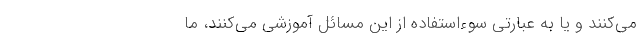
می‌کنند و یا به عبارتی سوءاستفاده از این مسائل آموزشی می‌کنند، ما